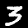
Digit: 3